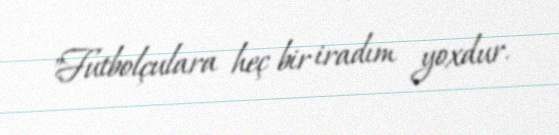
"Futbolçulara heç bir iradım yoxdur.